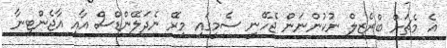
އެ މެޗަށް ބްރެޒިލް ނުކުންނަން ޖެހޭނީ ސެމީގައި މިރޭ ނެދަލޭންޑްސް އާއި އާޖެންޓީނާ